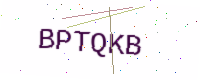
Text: BPTQKB